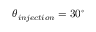
\theta _ { i n j e c t i o n } = 3 0 ^ { \circ }